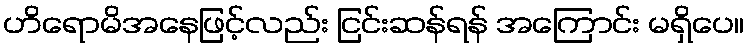
ဟိရောမိအနေဖြင့်လည်း ငြင်းဆန်ရန် အကြောင်း မရှိပေ။